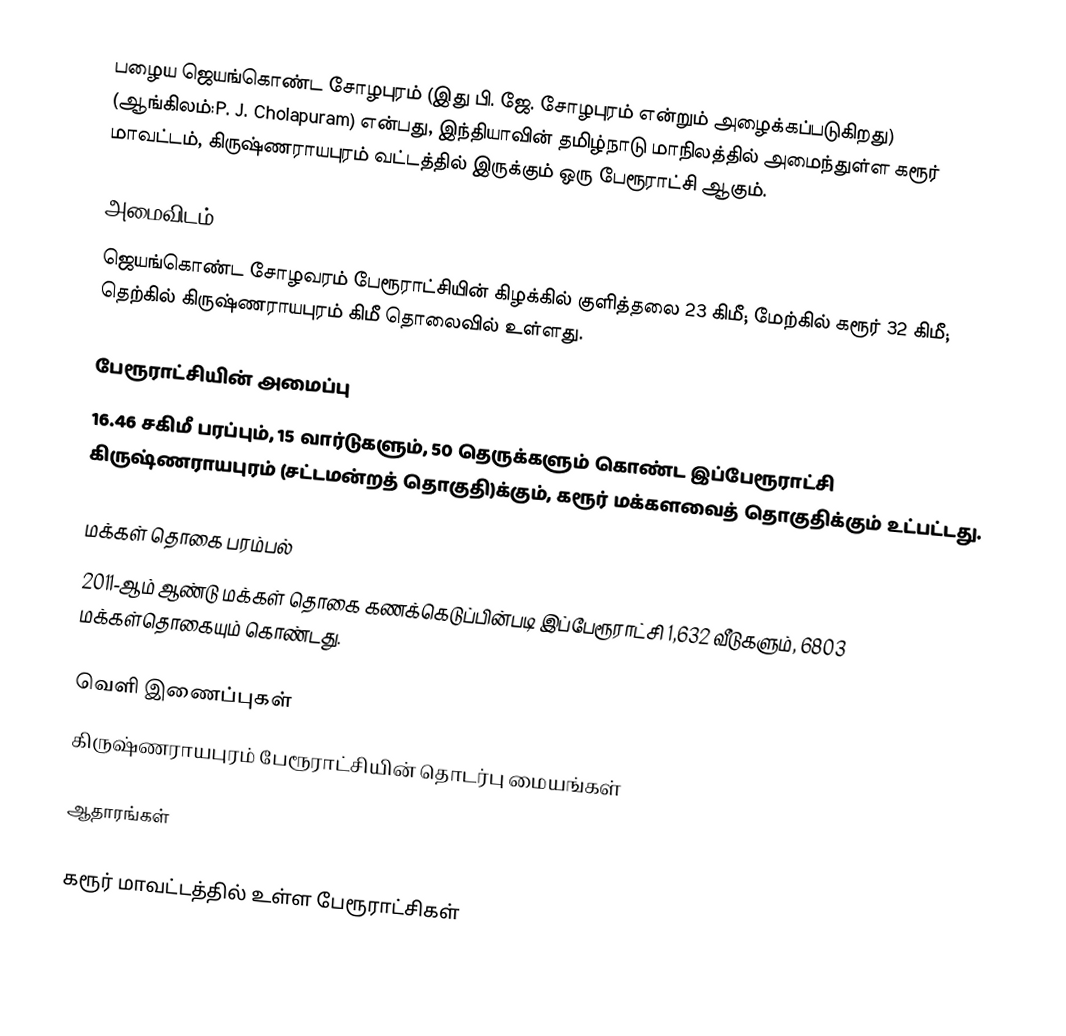
பழைய ஜெயங்கொண்ட சோழபுரம் (இது பி. ஜே. சோழபுரம் என்றும் அழைக்கப்படுகிறது) (ஆங்கிலம்:P. J. Cholapuram) என்பது, இந்தியாவின் தமிழ்நாடு மாநிலத்தில் அமைந்துள்ள கரூர் மாவட்டம், கிருஷ்ணராயபுரம் வட்டத்தில் இருக்கும் ஒரு பேரூராட்சி ஆகும்.

அமைவிடம்
ஜெயங்கொண்ட சோழவரம் பேரூராட்சியின் கிழக்கில் குளித்தலை 23 கிமீ; மேற்கில்  கரூர் 32 கிமீ; தெற்கில் கிருஷ்ணராயபுரம் கிமீ தொலைவில் உள்ளது.

பேரூராட்சியின் அமைப்பு
16.46 சகிமீ பரப்பும், 15   வார்டுகளும்,  50  தெருக்களும் கொண்ட இப்பேரூராட்சி  கிருஷ்ணராயபுரம் (சட்டமன்றத் தொகுதி)க்கும், கரூர் மக்களவைத் தொகுதிக்கும் உட்பட்டது.

மக்கள் தொகை பரம்பல்
2011-ஆம் ஆண்டு மக்கள் தொகை கணக்கெடுப்பின்படி  இப்பேரூராட்சி  1,632     வீடுகளும், 6803 மக்கள்தொகையும் கொண்டது.

வெளி இணைப்புகள்
 கிருஷ்ணராயபுரம் பேரூராட்சியின் தொடர்பு மையங்கள்

ஆதாரங்கள்

கரூர் மாவட்டத்தில் உள்ள பேரூராட்சிகள்